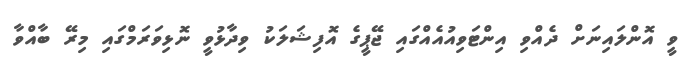
ވީ އޮންލައިނަށް ދެއްވި އިންޓަވިއުއެއްގައި ޖޭޕީގެ އޮފިޝަލަކު ވިދާޅުވީ ނޮޅިވަރަމްގައި މިރޭ ބާއްވާ